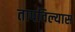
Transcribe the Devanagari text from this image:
तापविल्यास